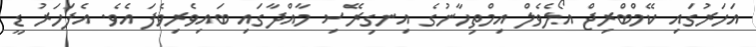
އަހަރުގައި ކޭމްބްރިޖް އޯލެވެލް އިމްތިހާނުގެ އިނގިރޭސި މާއްދާގައި ބައިވެރިވެފަ އެވެ. އެފަހަރު ޑީ